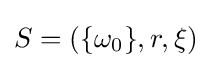
S=(\{\omega _{0}\},r,\xi )